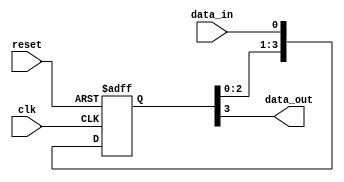
module four_flop_synchronizer (
    input wire clk,
    input wire reset,
    input wire data_in,
    output reg data_out
);

reg [3:0] ff;

always @ (posedge clk or posedge reset) begin
    if (reset) begin
        ff <= 4'b0;
    end else begin
        ff <= {ff[2:0], data_in};
    end
end

assign data_out = ff[3];

endmodule